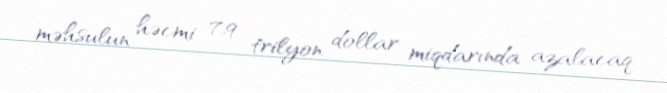
məhsulun həcmi 7,9 trilyon dollar miqdarında azalacaq.